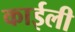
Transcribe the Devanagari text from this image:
काईली